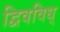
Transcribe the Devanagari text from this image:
द्विवविध्